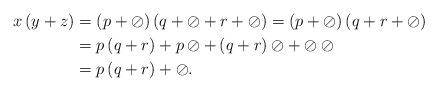
LaTeX: \begin{align*}x\left( y+z\right) & =\left( p+\oslash \right) \left( q+\oslash+r+\oslash \right) =\left( p+\oslash \right) \left( q+r+\oslash \right) \\& =p\left( q+r\right) +p\oslash+\left( q+r\right) \oslash+\oslash\oslash \\& =p\left( q+r\right) +\oslash.\end{align*}